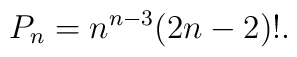
P_n=n^{n-3} (2n-2)!.